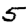
Digit: 5